Vaccination United Provinces of Agra and Oudh 1902-1913 - 1902-1913
Year: 1902
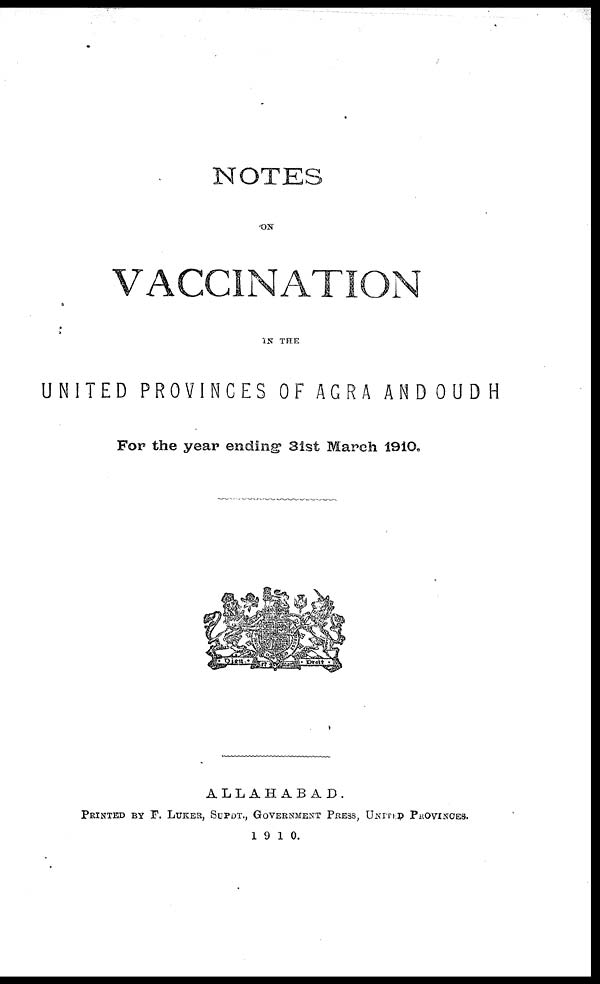
NOTES
ON
VACCINATION
IN THE
UNITED PROVINCES OF AGRA AND OUDH
For the year ending 31st March 1910.
ALLAHABAD.
PRINTED BY F. LUKER, SUPDT., GOVERNMENT PRESS, UNITED PROVINCES.
1910.